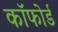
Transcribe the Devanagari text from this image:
कॉफोर्ड